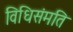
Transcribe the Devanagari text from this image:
विधिसंमति